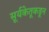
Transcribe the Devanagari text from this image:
सूर्यकेतूकडून